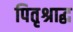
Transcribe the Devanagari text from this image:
पितृश्राद्ध